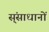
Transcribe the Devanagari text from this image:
स्ंसाधानों